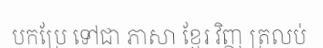
បកប្រែ ទៅជា ភាសា ខ្មែរ វិញ ត្រលប់